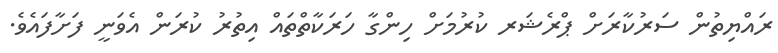
ރައްޔިތުން ސަރުކާރަށް ޕްރެޝަރ ކުރުމަށް ހިންގާ ހަރަކާތްތައް އިތުރު ކުރަން އެވަނީ ފަށާފައެވެ.